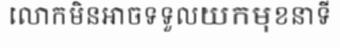
លោកមិនអាចទទួលយកមុខនាទី